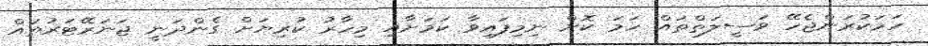
ހަމަކުރަންޖެހޭ ވަސީލަތްތައް ހަމަ ކޮށް ނިމިފައިވާ ކަމަށާއި މިހާރު ކުރިޔަށް ގެންދަނީ ޖަނަރޭޓަރުތައް